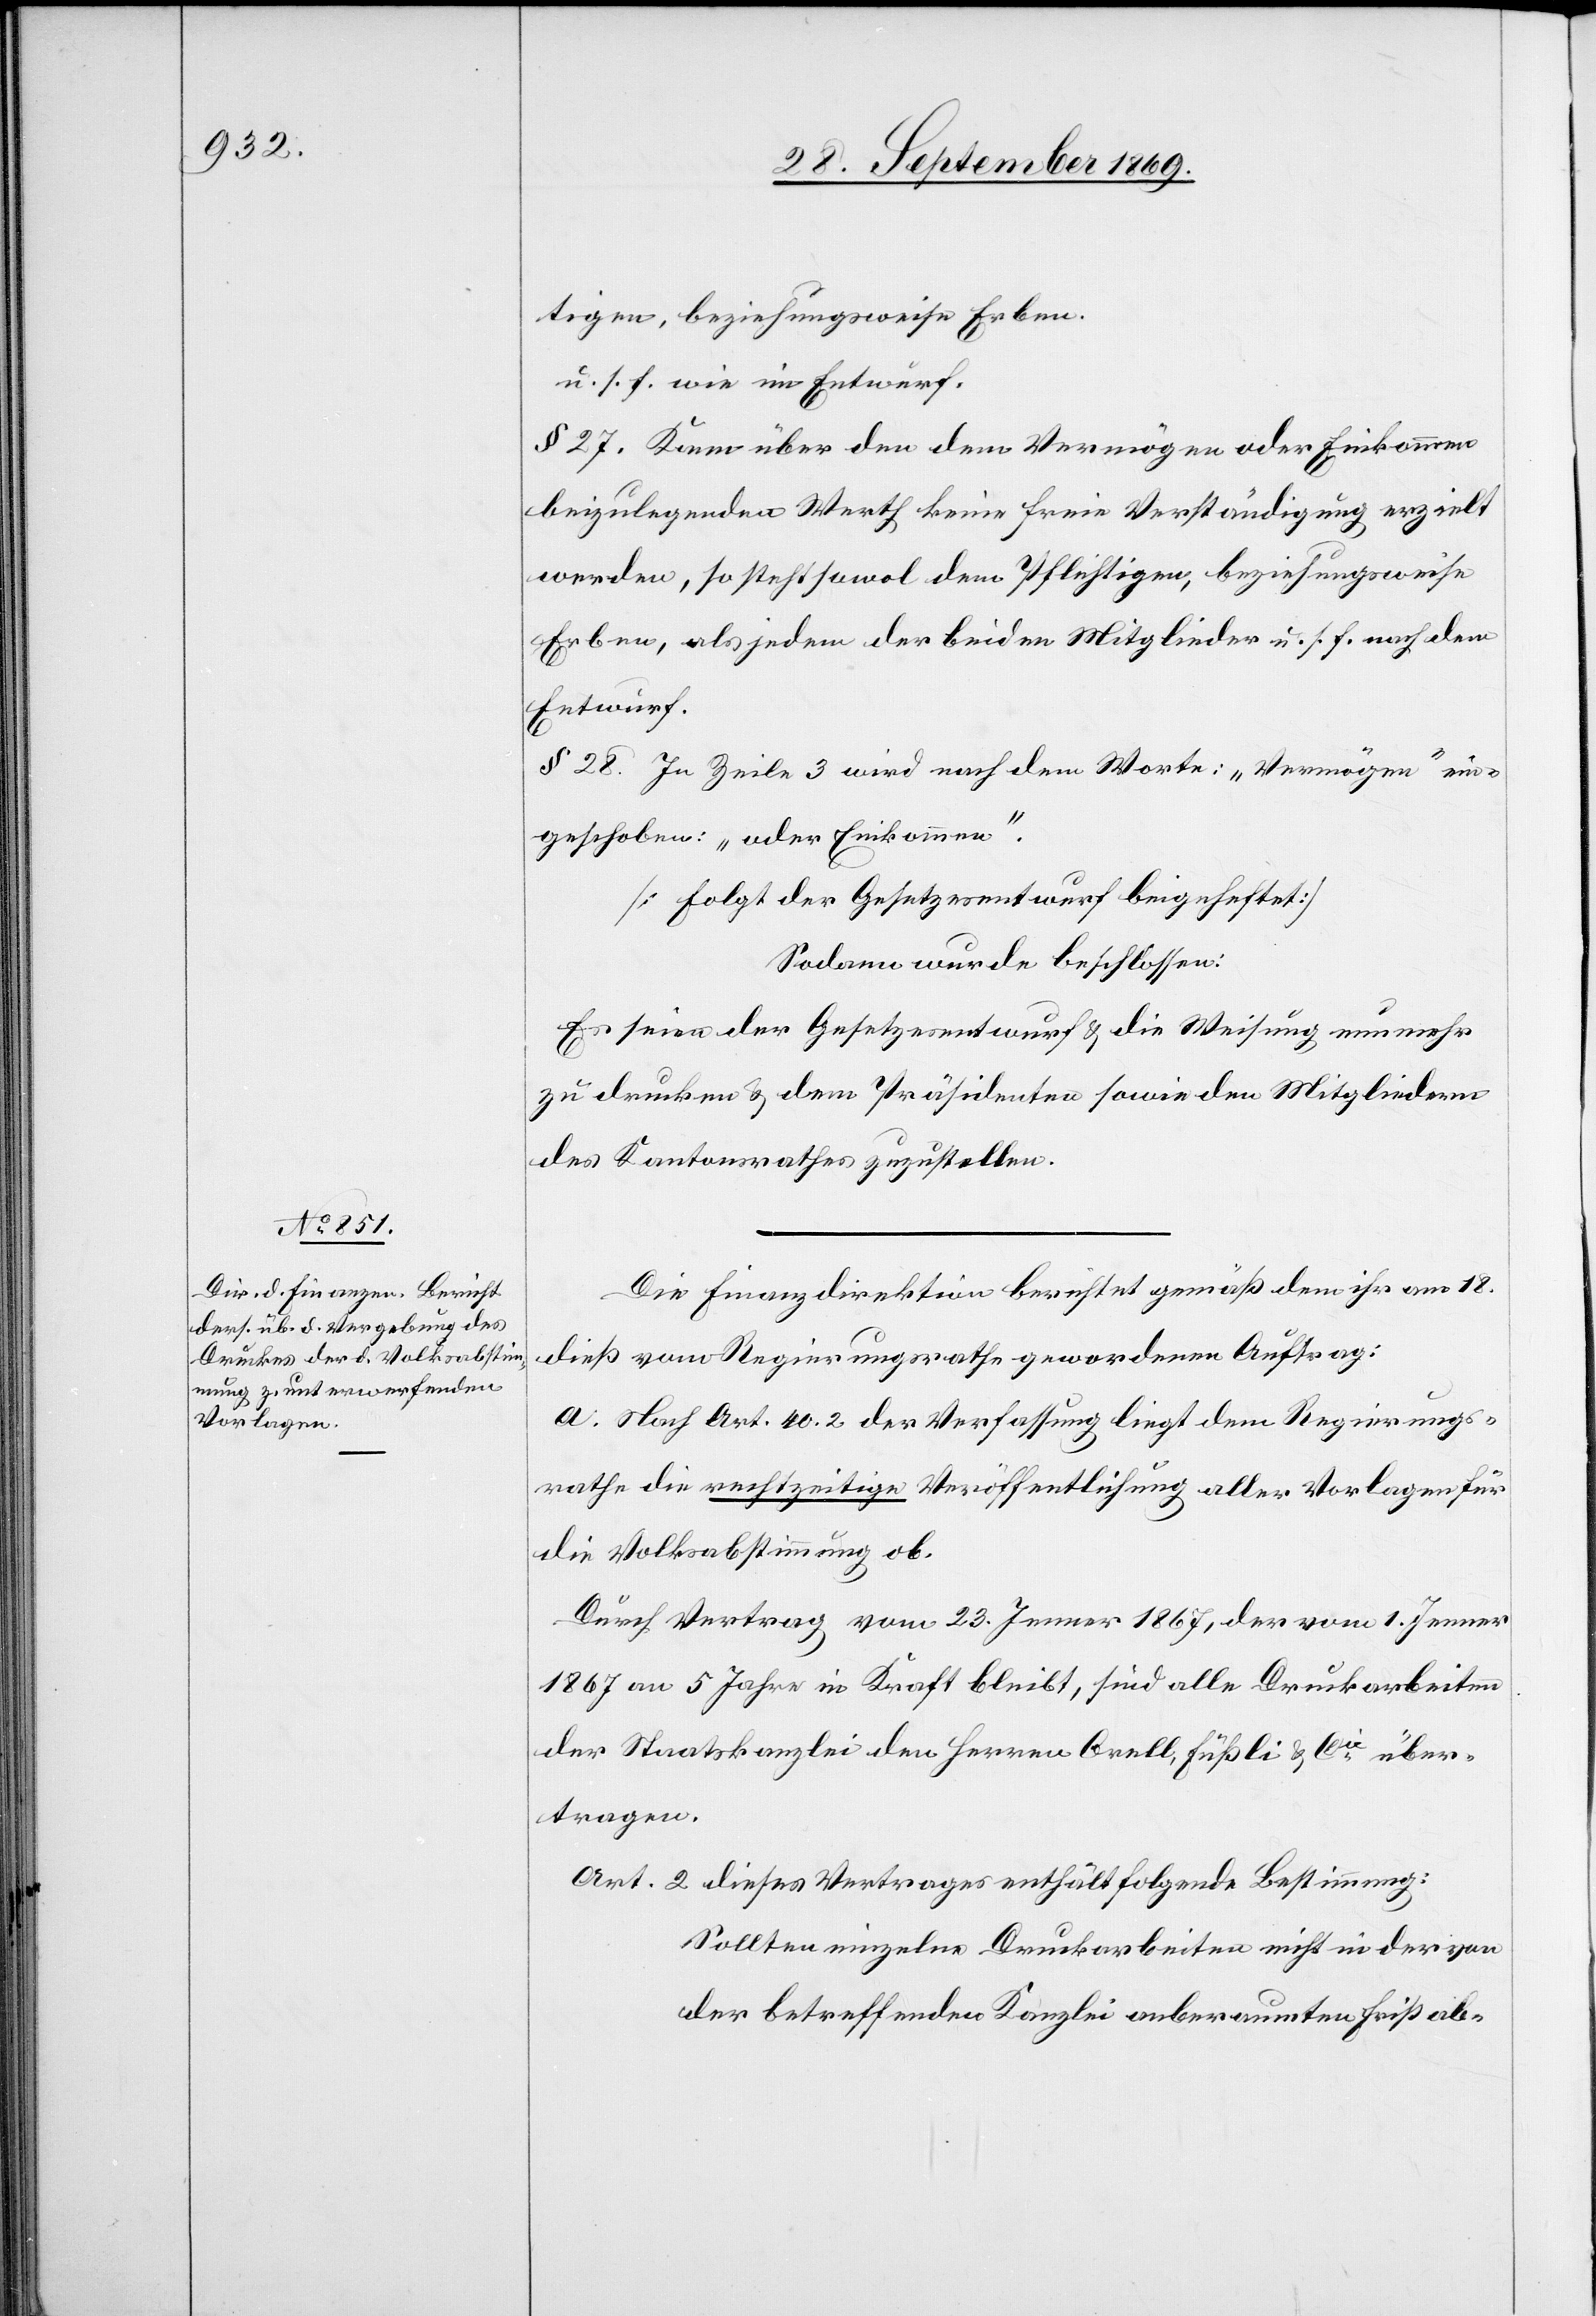
tigen, beziehungsweise Erben.
u. s. f. wie im Entwurf.
§ 27. Kann über den dem Vermögen oder Einkommen
beizulegenden Werth keine freie Verständigung erzielt
werden, so steht sowol dem Pflichtigen, beziehungsweise
Erben, als jedem der beiden Mitglieder u. s. f. nach dem
Entwurf.
§ 28. In Zeile 3 wird nach dem Worte: „Vermögen“ ein¬
geschoben: „oder Einkommen“.
[Folgt der Gesetzesentwurf beigeheftet]
Sodann wurde beschlossen:
Es seien der Gesetzesentwurf & die Weisung nunmehr
zu drucken & dem Präsidenten sowie den Mitgliedern
des Kantonsrathes zuzustellen.
Die Finanzdirektion berichtet gemäß dem ihr am 18.
dieß vom Regierungsrathe gewordenen Auftrag:
a. Nach Art. 40.2 der Verfassung liegt dem Regierungs¬
rathe die rechtzeitige Veröffentlichung aller Vorlagen für
die Volksabstimmung ob.
Durch Vertrag vom 23. Jenner 1867, der vom 1. Jenner
1867 an 5 Jahre in Kraft bleibt, sind alle Druckarbeiten
der Staatskanzlei den Herren Orell, Füßli & Cie über¬
tragen.
Art. 2 dieses Vertrages enthält folgende Bestimmung:
Sollten einzelne Druckarbeiten nicht in der von
der betreffenden Kanzlei anberaumten Frist ab-